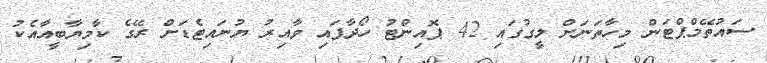
ސައުތޭމްޕްޓަން މިހާތަނަށް ލީގުގައި 42 ޕޮއިންޓު ހޯދާފައި ވާއިރު ޔުނައިޓެޑަށް ރޭގެ ކާމިޔާބީއާއެކު